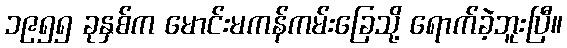
၁၉၅၅ ခုနှစ်က မောင်းမကန်ကမ်းခြေသို့ ရောက်ခဲ့ဘူးပြီ။